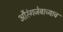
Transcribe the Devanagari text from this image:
औरंगजेबाच्याच